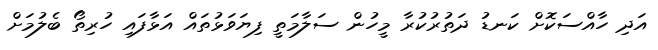
އަދި ހާއްސަކޮށް ކަނޑު ދަތުރުކުރާ މީހުން ސަލާމަތީ ފިޔަވަޅުތައް އަޅާފައި ހުރިތޯ ބެލުމަށް